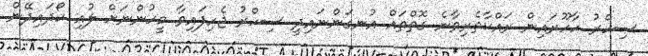
ސިހްރު ހާހޫރައިން ރައްކާތެރިވާނެ ގޮތްތައް އުނގަންނައިދީ ސިހްރު ޖެހިފައިވާ މީހުންނަށް ލުއި ހޯދައިދޭން